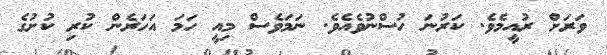
ވަރަށް ރުއީމެވެ. ކަރުނަ ހުސްނުވެއެވެ. ނަމަވެސް މިއީ ހަމަ އަހަރެން ކުރި ކުށުގެ